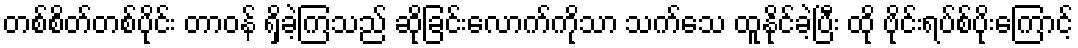
တစ်စိတ်တစ်ပိုင်း တာဝန် ရှိခဲ့ကြသည် ဆိုခြင်းလောက်ကိုသာ သက်သေ ထူနိုင်ခဲ့ပြီး ထို ဗိုင်းရပ်စ်ပိုးကြောင့်